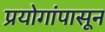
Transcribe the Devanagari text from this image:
प्रयोगांपासून